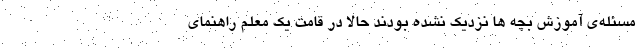
مسئله‌ی آموزش بچه ها نزدیک نشده بودند حالا در قامت یک معلم راهنمای